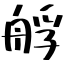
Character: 艀